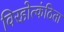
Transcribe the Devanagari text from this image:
विरहोत्कंठिता